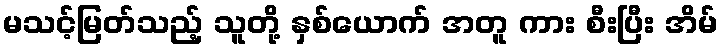
မသင့်မြတ်သည့် သူတို့ နှစ်ယောက် အတူ ကား စီးပြီး အိမ်